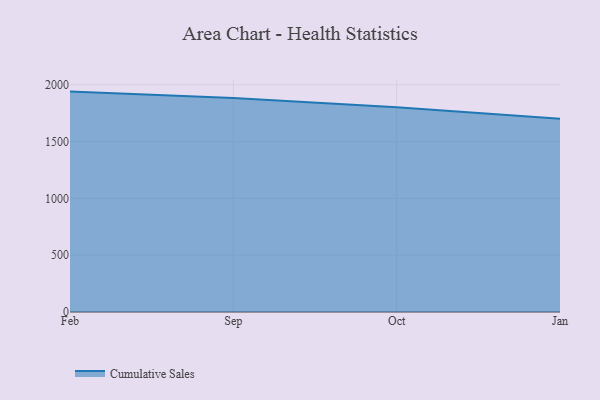
{"axis": {"x": "Month", "y": "Revenue (USD Million)"}, "legend": ["Cumulative Sales"], "data": [{"x": "Feb", "y": 1940.2, "type": "Cumulative Sales"}, {"x": "Sep", "y": 1884.8, "type": "Cumulative Sales"}, {"x": "Oct", "y": 1802.9, "type": "Cumulative Sales"}, {"x": "Jan", "y": 1701.6, "type": "Cumulative Sales"}]}